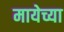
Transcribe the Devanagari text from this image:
मायेच्या